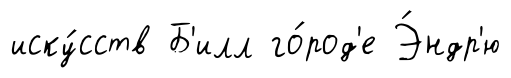
иску́сств Б'илл го́род'е Э́ндр'ю